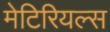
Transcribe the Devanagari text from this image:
मेटिरियल्स